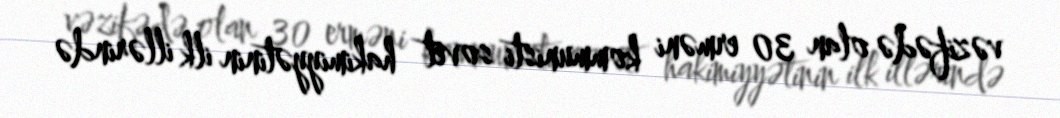
vəzifədə olan 30 erməni kommunisti sovet hakimiyyətinin ilk illərində